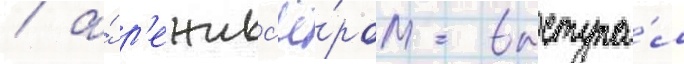
/ а́ р'ежисс'ё́ром выступа́л